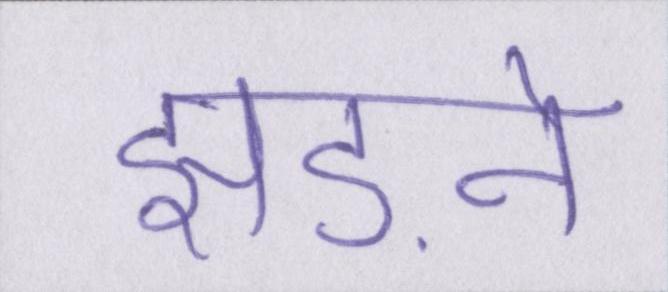
झड़ने